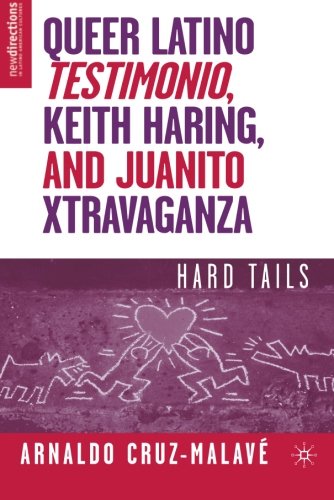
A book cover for Queer Latino Testimonio, Keith Haring, and Juanito Xtravaganza: Hard Tails (New Directions in Latino American Culture); Arnaldo Cruz-MalavÃ©; Biographies & Memoirs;